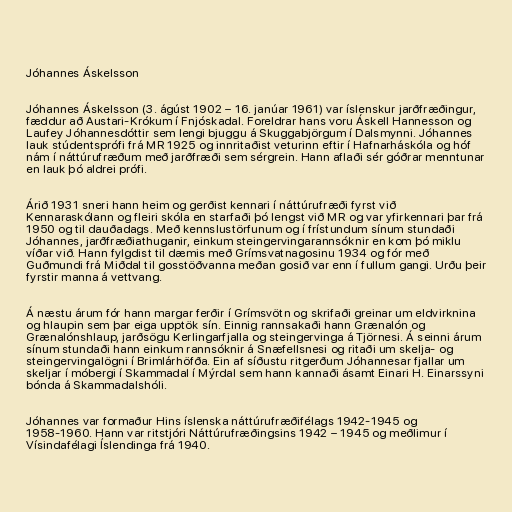
Jóhannes Áskelsson

Jóhannes Áskelsson (3. ágúst 1902 – 16. janúar 1961) var íslenskur jarðfræðingur,
fæddur að Austari-Krókum í Fnjóskadal. Foreldrar hans voru Áskell Hannesson og
Laufey Jóhannesdóttir sem lengi bjuggu á Skuggabjörgum í Dalsmynni. Jóhannes
lauk stúdentsprófi frá MR 1925 og innritaðist veturinn eftir í Hafnarháskóla og hóf
nám í náttúrufræðum með jarðfræði sem sérgrein. Hann aflaði sér góðrar menntunar
en lauk þó aldrei prófi.

Árið 1931 sneri hann heim og gerðist kennari í náttúrufræði fyrst við
Kennaraskólann og fleiri skóla en starfaði þó lengst við MR og var yfirkennari þar frá
1950 og til dauðadags. Með kennslustörfunum og í frístundum sínum stundaði
Jóhannes, jarðfræðiathuganir, einkum steingervingarannsóknir en kom þó miklu
víðar við. Hann fylgdist til dæmis með Grímsvatnagosinu 1934 og fór með
Guðmundi frá Miðdal til gosstöðvanna meðan gosið var enn í fullum gangi. Urðu þeir
fyrstir manna á vettvang.

Á næstu árum fór hann margar ferðir í Grímsvötn og skrifaði greinar um eldvirknina
og hlaupin sem þar eiga upptök sín. Einnig rannsakaði hann Grænalón og
Grænalónshlaup, jarðsögu Kerlingarfjalla og steingervinga á Tjörnesi. Á seinni árum
sínum stundaði hann einkum rannsóknir á Snæfellsnesi og ritaði um skelja- og
steingervingalögni í Brimlárhöfða. Ein af síðustu ritgerðum Jóhannesar fjallar um
skeljar í móbergi í Skammadal í Mýrdal sem hann kannaði ásamt Einari H. Einarssyni
bónda á Skammadalshóli.

Jóhannes var formaður Hins íslenska náttúrufræðifélags 1942-1945 og
1958-1960. Hann var ritstjóri Náttúrufræðingsins 1942 – 1945 og meðlimur í
Vísindafélagi Íslendinga frá 1940.